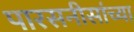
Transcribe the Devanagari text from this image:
पारसनीसांच्या